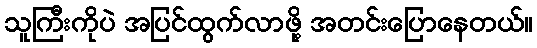
သူကြီးကိုပဲ အပြင်ထွက်လာဖို့ အတင်းပြောနေတယ်။